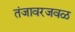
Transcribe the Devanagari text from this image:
तंजावरजवळ